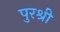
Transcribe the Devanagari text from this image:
पुरश्री